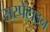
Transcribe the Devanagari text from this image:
सरपेंटाइन